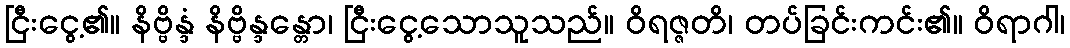
ငြီးငွေ့၏။ နိဗ္ဗိန္ဒံ နိဗ္ဗိန္ဒန္တော၊ ငြီးငွေ့သောသူသည်။ ဝိရဇ္ဇတိ၊ တပ်ခြင်းကင်း၏။ ဝိရာဂါ၊